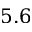
5 . 6